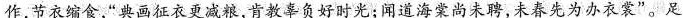
作，节衣缩食，”典画征衣更减粮，肯教辜负好时光；闻道海棠尚未聘，未春先为办衣裳”。是